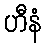
ဟီနံ